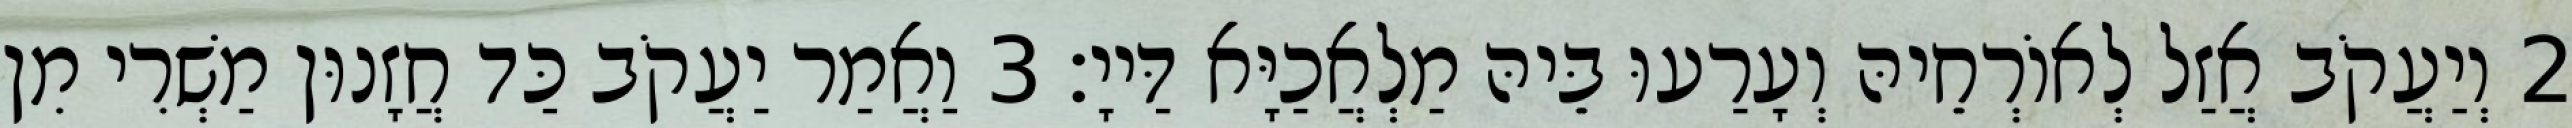
2 וְיַעֲקֹב אֲזַל לְאוֹרְחֵיהּ וְעָרַעוּ בֵּיהּ מַלְאֲכַיָּא דַּייָ׃ 3 וַאֲמַר יַעֲקֹב כַּד חֲזָנוּן מַשְׁרִי מִן